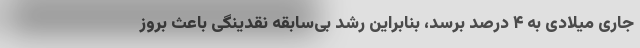
جاری میلادی به ۴ درصد برسد، بنابراین رشد بی‌سابقه نقدینگی باعث بروز